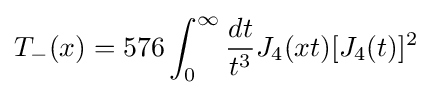
T_{-}(x)=576\int _{0}^{\infty }{\frac {dt}{t^{3}}}J_{4}(xt)[J_{4}(t)]^{2}